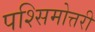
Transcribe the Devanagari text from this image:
पश्सिमोत्तरी